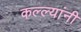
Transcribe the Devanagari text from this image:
कल्ल्यांनी